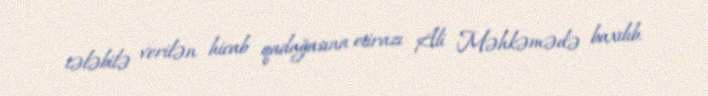
tələbilə verilən hicab qadağasına etirazı Ali Məhkəmədə baxılıb.